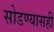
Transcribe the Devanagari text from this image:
सोडण्यासही